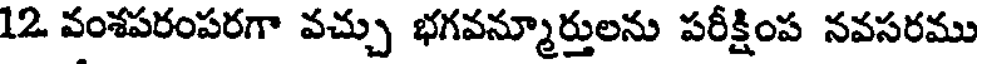
12 వంశపరంపరగా వచ్చు భగవన్మూర్తులను పరీక్షింప నవసరము